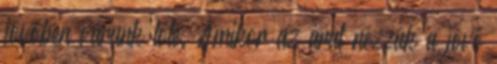
jövőben várunk tőle. Amikor az árat nézzük a jövő